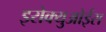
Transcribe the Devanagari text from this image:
इरोक्युओईस